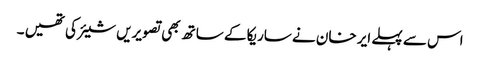
اس سے پہلے ایر خان نے ساریکا کے ساتھ بھی تصویریں شیئر کی تھیں ۔